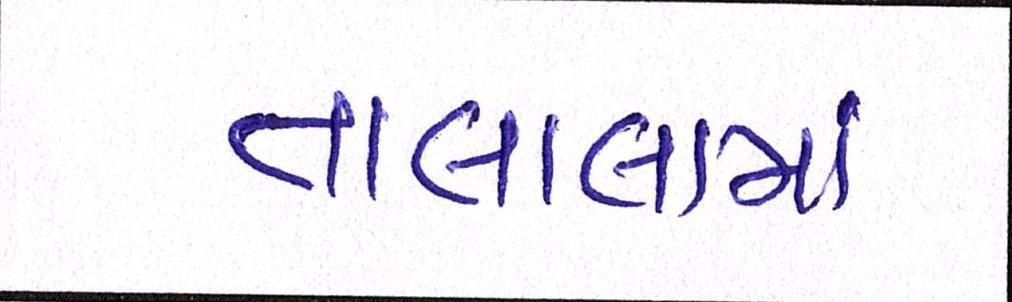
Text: તાલાલામાં